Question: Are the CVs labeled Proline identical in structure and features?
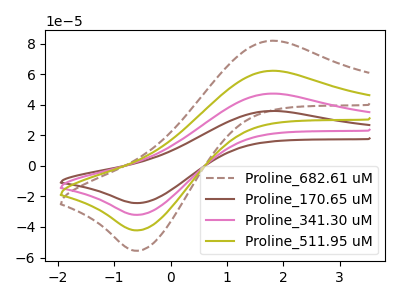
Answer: <think>The brown dashed curve "Proline_682.61 uM" has an anodic peak at (1.80V, 141.70uA) and a cathodic peak at (-0.55V, -96.15uA). The brown curve "Proline_170.65 uM" has an anodic peak at (1.80V, 35.90uA) and a cathodic peak at (-0.55V, -24.35uA). The pink curve "Proline_341.30 uM" has an anodic peak at (1.80V, 47.25uA) and a cathodic peak at (-0.55V, -32.05uA). The olive curve "Proline_511.95 uM" has an anodic peak at (1.80V, 94.50uA) and a cathodic peak at (-0.55V, -64.10uA).
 All the peaks in "Proline_682.61 uM" have a peak in "Proline_170.65 uM" at the same potential. Every peak in "Proline_682.61 uM" is higher than every peak in "Proline_170.65 uM". All the peaks in "Proline_682.61 uM" have a peak in "Proline_341.30 uM" at the same potential. Every peak in "Proline_682.61 uM" is higher than every peak in "Proline_341.30 uM". All the peaks in "Proline_682.61 uM" have a peak in "Proline_511.95 uM" at the same potential. Every peak in "Proline_682.61 uM" is higher than every peak in "Proline_511.95 uM". All the peaks in "Proline_170.65 uM" have a peak in "Proline_341.30 uM" at the same potential. Every peak in "Proline_170.65 uM" is lower than every peak in "Proline_341.30 uM". All the peaks in "Proline_170.65 uM" have a peak in "Proline_511.95 uM" at the same potential. Every peak in "Proline_170.65 uM" is lower than every peak in "Proline_511.95 uM". All the peaks in "Proline_341.30 uM" have a peak in "Proline_511.95 uM" at the same potential. Every peak in "Proline_341.30 uM" is lower than every peak in "Proline_511.95 uM".</think>
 <answer>All the CV's of "Proline" have similar shape.</answer>
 <eval>follow_rule</eval>